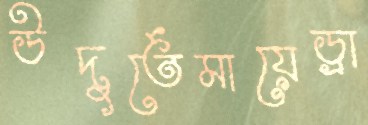
উদুর্তেমায়েড্রা